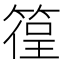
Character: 𥰈